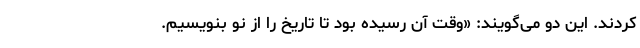
کردند. این دو می‌گویند: «وقت آن رسیده بود تا تاریخ را از نو بنویسیم.